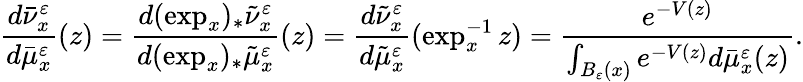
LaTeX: \frac{d\bar{\nu}_{x}^{\varepsilon}}{d\bar{\mu}_{x}^{\varepsilon}}(z)=\frac{d(\exp_{x})_{*}\tilde{\nu}_{x}^{\varepsilon}}{d(\exp_{x})_{*}\tilde{\mu}_{x}^{\varepsilon}}(z)=\frac{d\tilde{\nu}_{x}^{\varepsilon}}{d\tilde{\mu}_{x}^{\varepsilon}}(\exp_{x}^{-1}z)=\frac{e^{-V(z)}}{\int_{B_{\varepsilon}(x)}e^{-V(z)}d\bar{\mu}_{x}^{\varepsilon}(z)}.